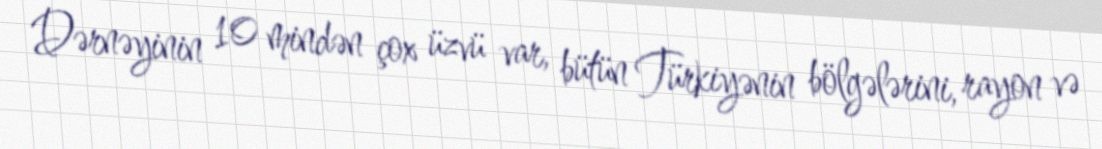
Dərnəyinin 10 mindən çox üzvü var, bütün Türkiyənin bölgələrini, rayon və